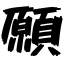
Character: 願